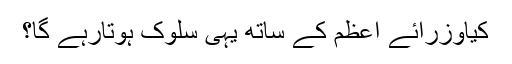
کیاوزرائے اعظم کے ساتھ یہی سلوک ہوتارہے گا؟